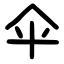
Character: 伞